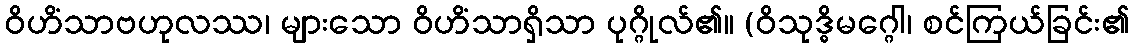
ဝိဟိံသာဗဟုလဿ၊ များသော ဝိဟိံသာရှိသာ ပုဂ္ဂိုလ်၏။ (ဝိသုဒ္ဓိမဂ္ဂေါ၊ စင်ကြယ်ခြင်း၏